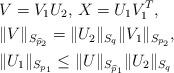
LaTeX: \begin{align*}&V=V_{1}U_{2},\, X=U_{1}V^{T}_{1},\\&\|V\|_{S_{\widehat{p}_{2}}}=\|U_{2}\|_{S_{q}}\|V_{1}\|_{S_{p_{2}}},\\&\|U_{1}\|_{S_{p_{1}}}\leq\|U\|_{S_{\widehat{p}_{1}}}\|U_{2}\|_{S_{q}}\end{align*}